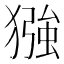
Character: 𪻈